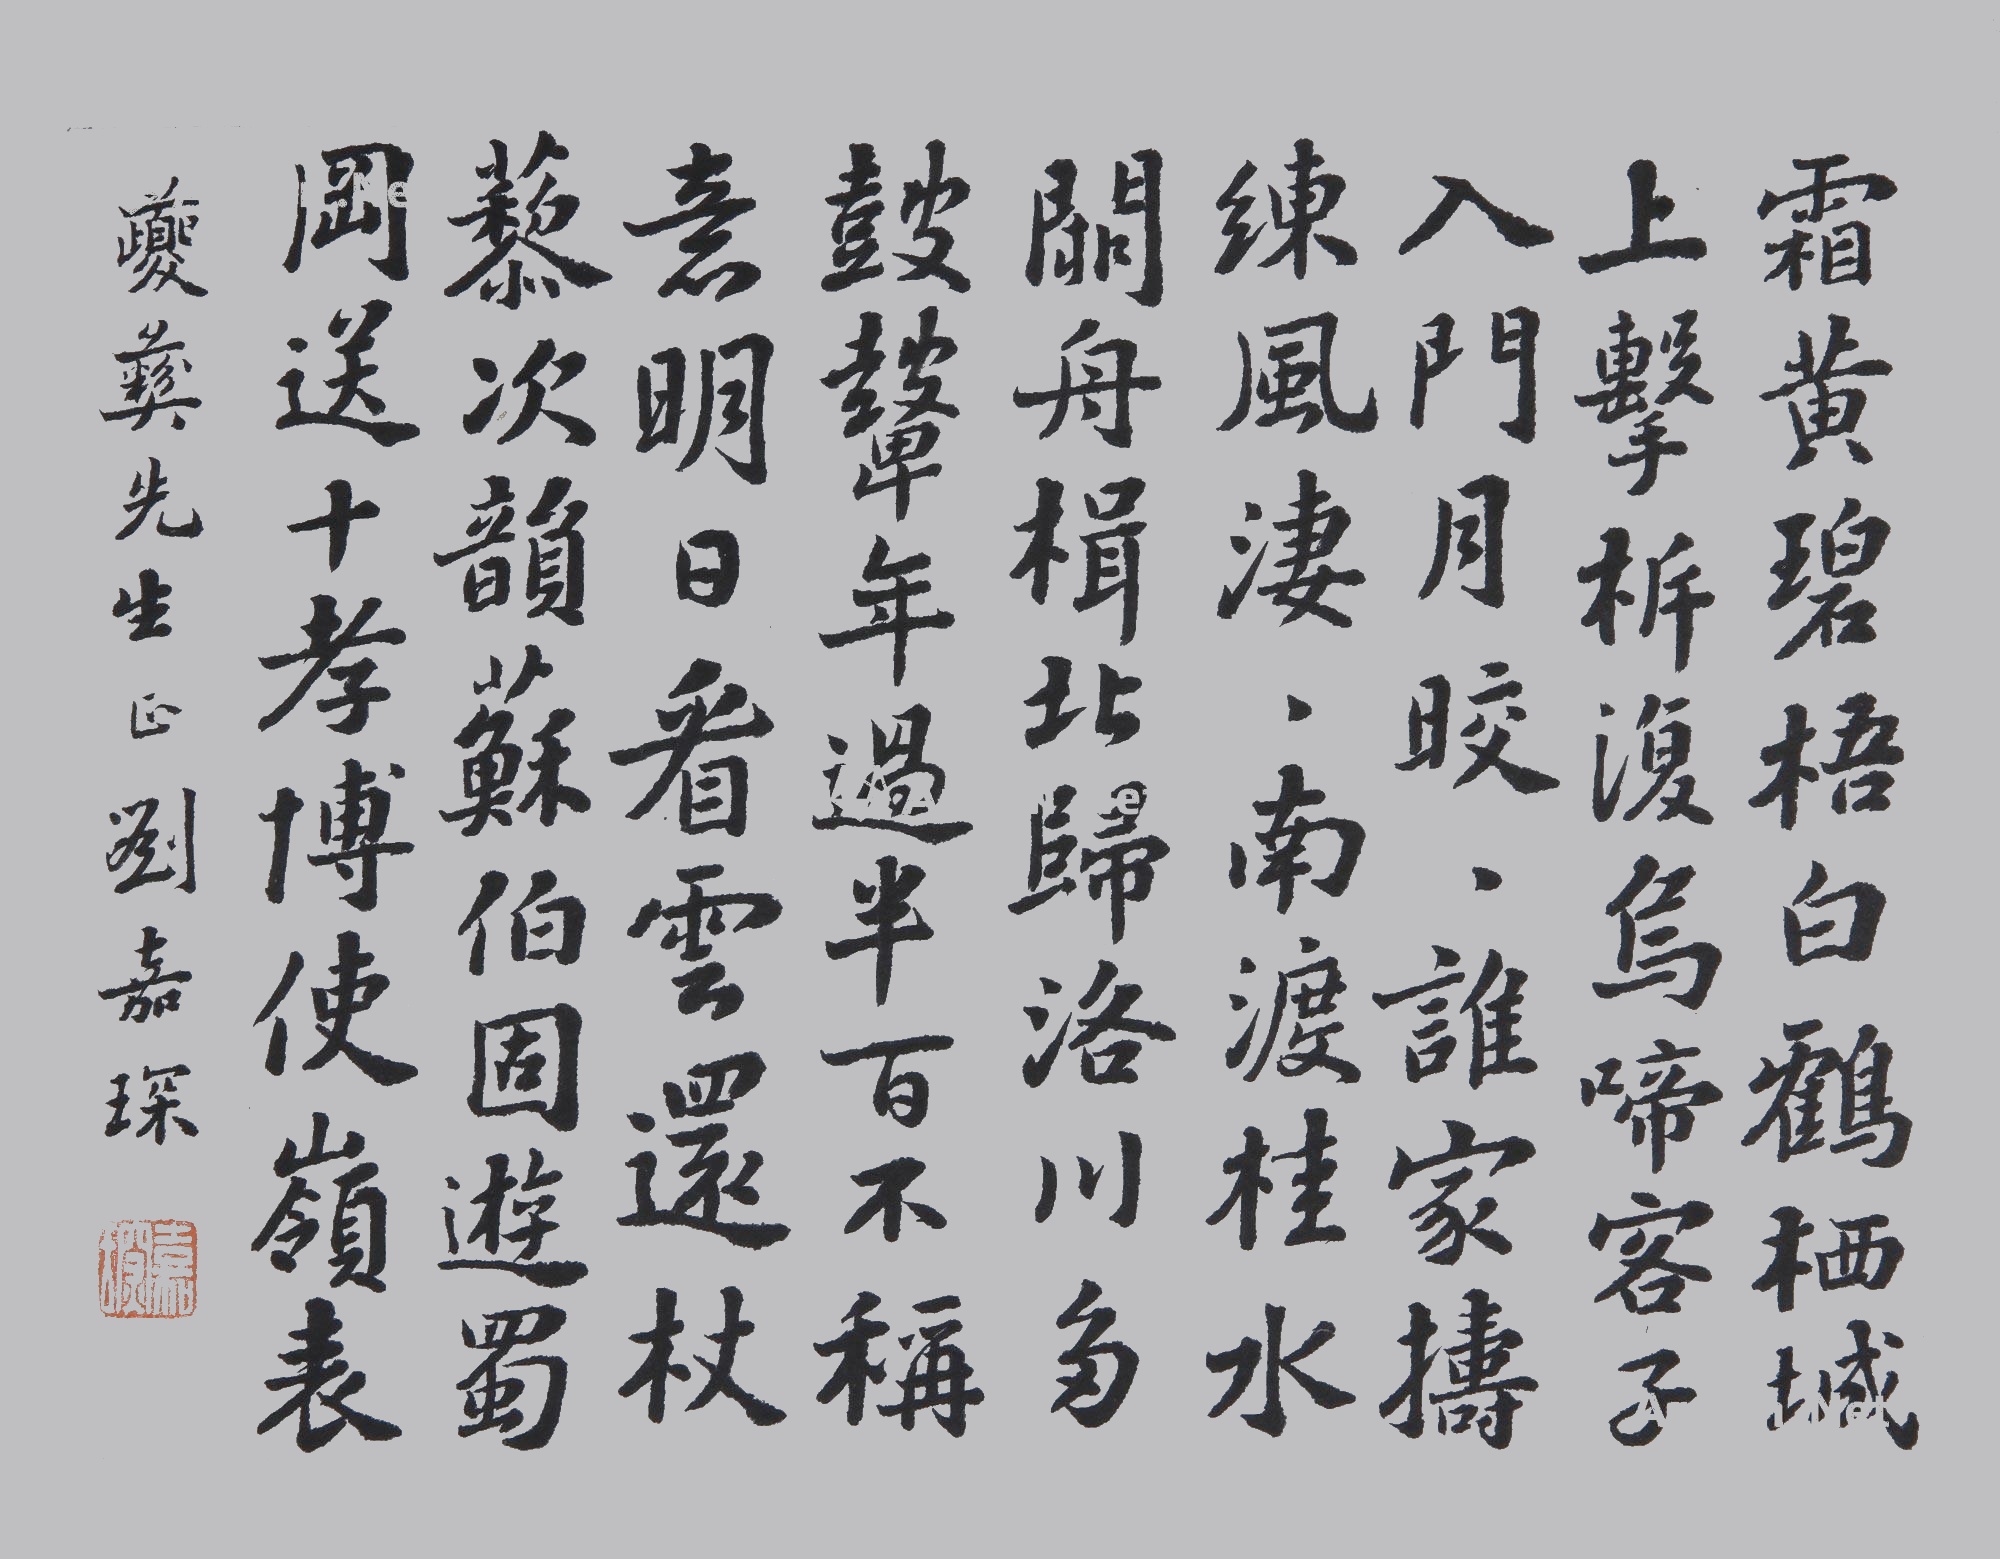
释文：霜黄碧梧白鹤栖，城上击柝复乌啼。客子入门月皎皎，谁家捣练风凄凄。南渡桂水阙舟楫，北归洛川多鼓鼙。年过半百不称意，明日看云还杖藜。次韵苏伯固游蜀冈送十孝博奉使岭表。夔彝先生正刘嘉琛。